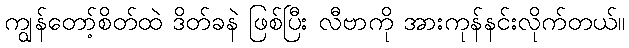
ကျွန်တော့်စိတ်ထဲ ဒိတ်ခနဲ ဖြစ်ပြီး လီဗာကို အားကုန်နင်းလိုက်တယ်။